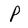
Character: P